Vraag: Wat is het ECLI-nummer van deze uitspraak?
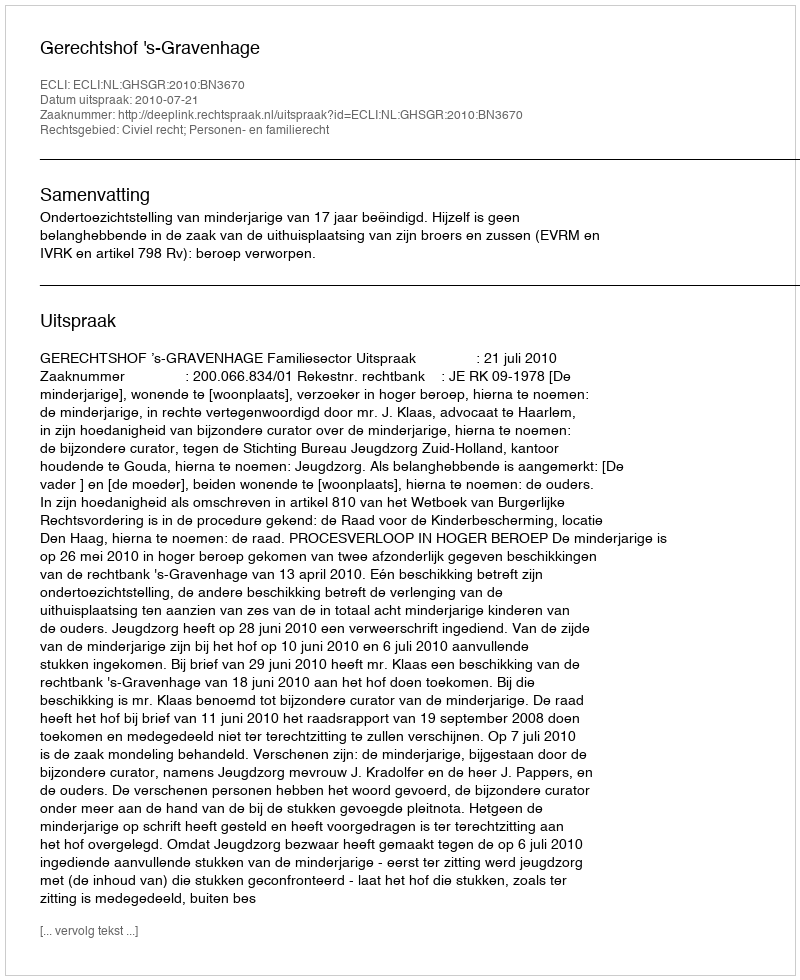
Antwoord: ECLI:NL:GHSGR:2010:BN3670